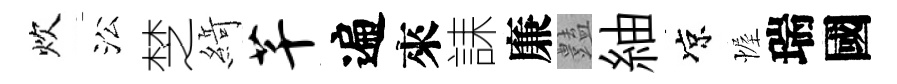
炊㳂椘𦂶芊遍來誄廉𧰟紬凉幄瑞國